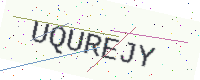
Text: UQUREJY